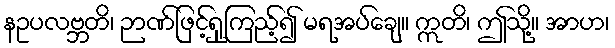
နဥပလဗ္ဘတိ၊ ဉာဏ်ဖြင့်ရှုကြည့်၍ မရအပ်ချေ။ ဣတိ၊ ဤသို့။ အာဟ၊